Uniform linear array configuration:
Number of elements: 64
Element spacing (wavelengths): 1
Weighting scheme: blackman
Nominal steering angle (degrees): -15
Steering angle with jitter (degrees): -13.506
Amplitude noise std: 0.05
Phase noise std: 0.05

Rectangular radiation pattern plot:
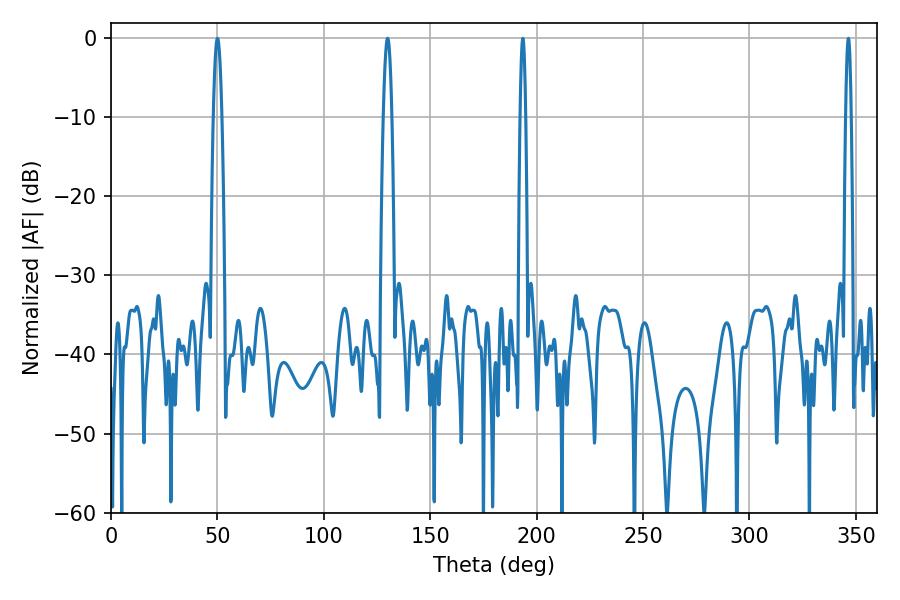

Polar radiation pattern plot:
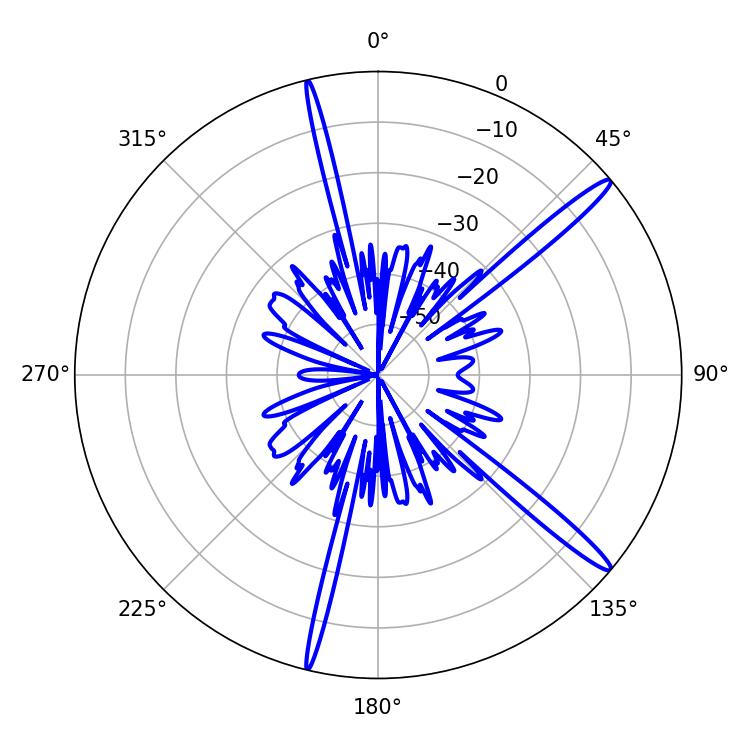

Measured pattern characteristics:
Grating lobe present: TRUE
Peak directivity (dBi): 15.861
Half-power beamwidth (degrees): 2.16
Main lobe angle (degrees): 50.04